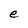
Character: e